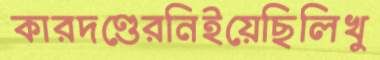
কারদণ্ডেরনিইয়েছিলিখু